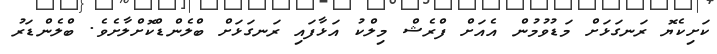
ކަށިކެޔޮ ރަނގަޅަށް މަޑުވުމުން އެއަށް ފްރެޝް މިލްކު އަޅާފައި ރަނގަޅަށް ބްލެންޑްކޮށްލާށެވެ. ބްލެންޑަރު